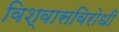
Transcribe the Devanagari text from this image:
विश्वासविरोधी